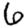
Digit: 6